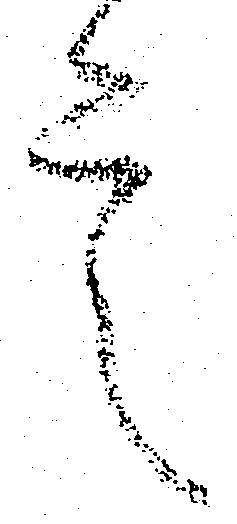
言